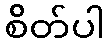
စိတ်ပါ